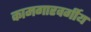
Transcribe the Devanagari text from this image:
कामगारवर्गीय